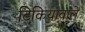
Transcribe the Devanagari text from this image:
टिकियावाले